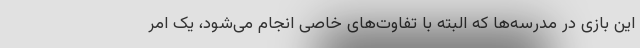
این بازی در مدرسه‌ها که البته با تفاوت‌های خاصی انجام می‌شود، یک امر